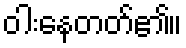
ဝါးနေတတ်၏။